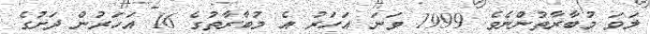
ލަވަ މުބާރާތުންނެވެ. 1999 ވަނަ އަހަރު އެ މުބާރާތުގެ 16 އަހަރުން ދަށުގެ